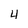
Character: 4